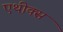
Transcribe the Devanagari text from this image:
एथीक्स